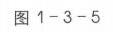
图1 - 3 - 5